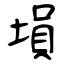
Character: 塤